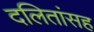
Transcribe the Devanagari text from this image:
दलितांसह